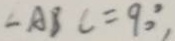
\angle A B C = 9 0 ^ { \circ } ,